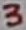
Text: 3